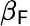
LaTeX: \beta_{\mathsf{F}}